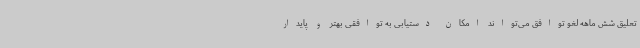
تعلیق شش ماهه لغو توافق می‌تواند امکان دستیابی به توافقی بهتر و پایدار